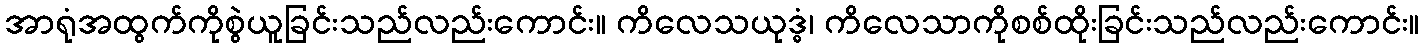
အာရုံအထွက်ကိုစွဲယူခြင်းသည်လည်းကောင်း။ ကိလေသယုဒ္ဓံ၊ ကိလေသာကိုစစ်ထိုးခြင်းသည်လည်းကောင်း။